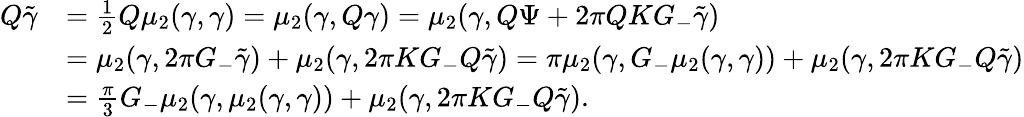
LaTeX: \begin{array}{rl}{Q\tilde{{\gamma}}}&{=\frac 12Q\mu_{2}({\gamma},{\gamma})=\mu_{2}({\gamma},Q{\gamma})=\mu_{2}({\gamma},Q\Psi+2\pi QKG_{-}\tilde{{\gamma}})}\\ &{=\mu_{2}({\gamma},2\pi G_{-}\tilde{{\gamma}})+\mu_{2}({\gamma},2\pi KG_{-}Q\tilde{{\gamma}})=\pi\mu_{2}({\gamma},G_{-}\mu_{2}({\gamma},{\gamma}))+\mu_{2}({\gamma},2\pi KG_{-}Q\tilde{{\gamma}})}\\ &{=\frac\pi 3G_{-}\mu_{2}({\gamma},\mu_{2}({\gamma},{\gamma}))+\mu_{2}({\gamma},2\pi KG_{-}Q\tilde{{\gamma}}).}\end{array}